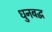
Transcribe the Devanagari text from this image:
धुनबद्ध